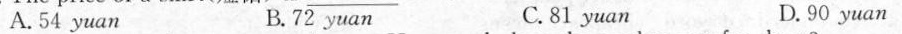
A.54 yuan B.72 yuan C.81 yuan D.90 yuan